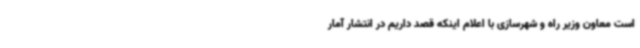
است معاون وزیر راه و شهرسازی با اعلام اینکه قصد داریم در انتشار آمار